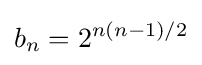
b_{n}=2^{n(n-1)/2}